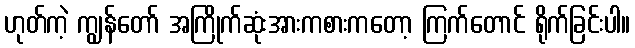
ဟုတ်ကဲ့ ကျွန်တော် အကြိုက်ဆုံးအားကစားကတော့ ကြက်တောင် ရိုက်ခြင်းပါ။